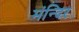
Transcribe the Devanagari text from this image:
मंन्दिर